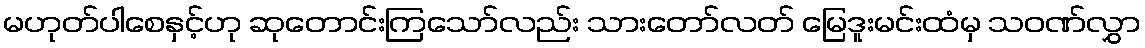
မဟုတ်ပါစေနှင့်ဟု ဆုတောင်းကြသော်လည်း သားတော်လတ် မြေဒူးမင်းထံမှ သဝဏ်လွှာ